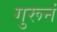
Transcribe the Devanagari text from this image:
गुरूनं